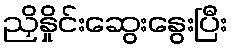
ညှိနှိုင်းဆွေးနွေးပြီး